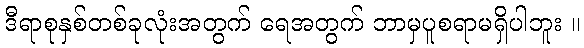
ဒီရာစုနှစ်တစ်ခုလုံးအတွက် ရေအတွက် ဘာမှပူစရာမရှိပါဘူး ။